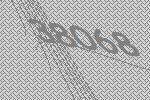
38068